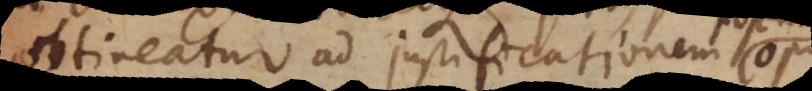
obtineatur ad justificationem opus